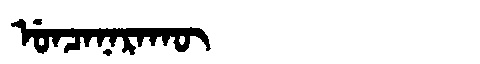
Manchu: ᡠᠨᠴᠠᠨᠠᡵᠠᡴᡡ
Romanization: UNCANARAKŪ